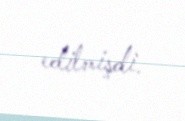
edilmişdi.